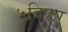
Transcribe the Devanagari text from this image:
५विष्ठा